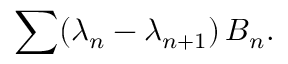
\sum ( \lambda _ { n } - \lambda _ { n + 1 } ) \, B _ { n } .